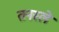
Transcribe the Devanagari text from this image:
तनस्ले